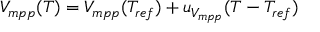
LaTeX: V _ { m p p } ( T ) = V _ { m p p } ( T _ { r e f } ) + u _ { V _ { m p p } } ( T - T _ { r e f } )